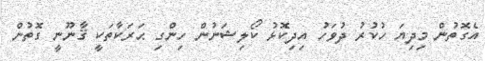
އެގޮތުން މިދިޔަ ހުކުރު ދުވަހު އިދިކޮޅު ކޯލިޝަނުން ހިންގި ޙަރަކާތަކީ ޤާނޫނީ ގޮތުން